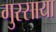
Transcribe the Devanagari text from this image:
गुस्साया